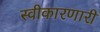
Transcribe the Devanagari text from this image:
स्वीकारणारी